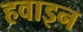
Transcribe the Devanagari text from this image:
हवाइन